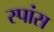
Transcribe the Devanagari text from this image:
स्पांस